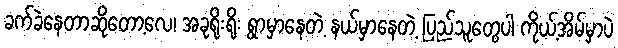
ခက်ခဲနေတာဆိုတော့လေ၊ အခုရိုးရိုး ရွာမှာနေတဲ့ နယ်မှာနေတဲ့ ပြည်သူတွေပါ ကိုယ့်အိမ်မှာပဲ